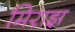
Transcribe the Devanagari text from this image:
मिराझ